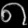
Digit: ၈